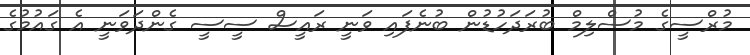
މުރްސީގެ މުސްލިމް ބުރަދަހުޑުން ބުނެފައި ވަނީ ރައީސް ސީސީ ގެންދަވަނީ އެ ގައުުމުގެ